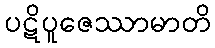
ပဋိပူဇေဿာမာတိ